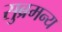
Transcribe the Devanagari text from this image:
सुब्रमन्य